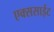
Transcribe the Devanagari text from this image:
एक्ससाईट